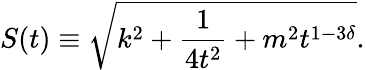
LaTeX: S(t)\equiv\sqrt{k^{2}+\frac{1}{4t^{2}}+m^{2}t^{1-3\delta}}.